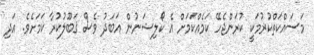
މަސައްކަތްކުރުމަކީ ކުރަންޖެހޭ ކަމެއްކަމަށް އެ ކޯލިޝަނުން އަބަދު ވެސް ޤަބޫލުކުރާ ކަމަށެވެ. އަދި